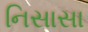
નિસાસા